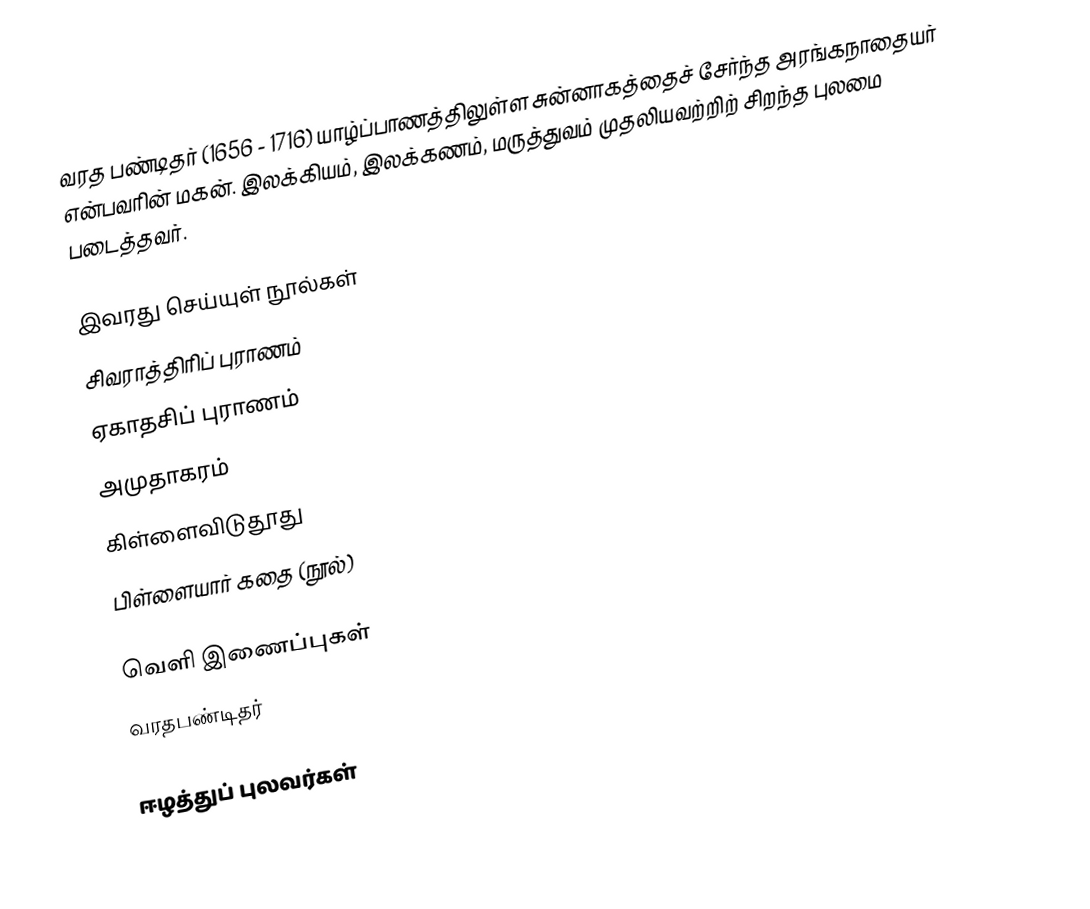
வரத பண்டிதர் (1656 - 1716) யாழ்ப்பாணத்திலுள்ள சுன்னாகத்தைச் சேர்ந்த அரங்கநாதையர் என்பவரின் மகன். இலக்கியம், இலக்கணம், மருத்துவம் முதலியவற்றிற் சிறந்த புலமை படைத்தவர்.

இவரது செய்யுள் நூல்கள்
 சிவராத்திரிப் புராணம்
 ஏகாதசிப் புராணம்
 அமுதாகரம்
 கிள்ளைவிடுதூது
 பிள்ளையார் கதை (நூல்)

வெளி இணைப்புகள்
 வரதபண்டிதர்

ஈழத்துப் புலவர்கள்